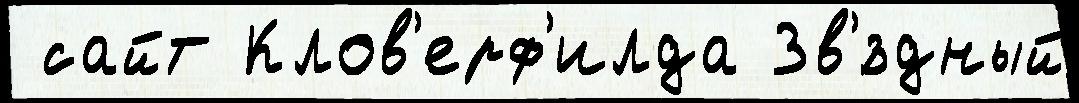
 сайт Клов'ерф'илда Зв'́здный